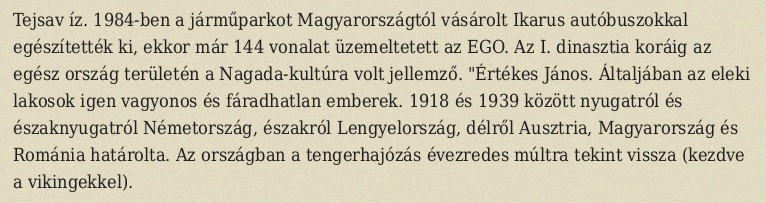
Tejsav íz. 1984-ben a járműparkot Magyarországtól vásárolt Ikarus autóbuszokkal egészítették ki, ekkor már 144 vonalat üzemeltetett az EGO. Az I. dinasztia koráig az egész ország területén a Nagada-kultúra volt jellemző. "Értékes János. Általjában az eleki lakosok igen vagyonos és fáradhatlan emberek. 1918 és 1939 között nyugatról és északnyugatról Németország, északról Lengyelország, délről Ausztria, Magyarország és Románia határolta. Az országban a tengerhajózás évezredes múltra tekint vissza (kezdve a vikingekkel).